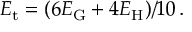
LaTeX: E _ { \mathrm { t } } = ( 6 E _ { \mathrm { G } } + 4 E _ { \mathrm { H } } ) / 1 0 \, .